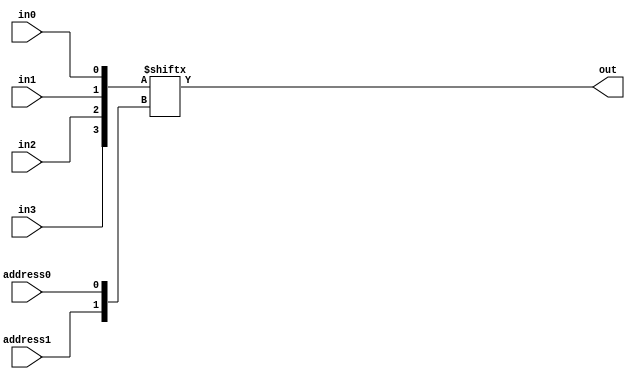
// Multiplexer circuit

// define gates with delays
`define AND and #50
`define OR or #50
`define NOT not #50

module behavioralMultiplexer
(
    output out,
    input address0, address1,
    input in0, in1, in2, in3
);
    // Join single-bit inputs into a bus, use address as index
    wire[3:0] inputs = {in3, in2, in1, in0};
    wire[1:0] address = {address1, address0};
    assign out = inputs[address];
endmodule


module structuralMultiplexer
(
    output out2,
    input s0, s1,
    input in0, in1, in2, in3
);
    // Your multiplexer code here
    wire ns0; wire ns1;
    wire goto_0; wire goto_1; wire goto_2; wire goto_3;
    wire tc0; wire tc1; wire tc2; wire tc3; wire or0; wire or1;    

    // Inverted selection inputs
    `NOT s0inv(ns0, s0);
    `NOT s1inv(ns1, s1);

    // Determine which input to pass to output
    `AND select_0(goto_0, ns0, ns1);
    `AND select_1(goto_1, s0, ns1);
    `AND select_2(goto_2, ns0, s1);
    `AND select_3(goto_3, s0, s1);

    // All possible high output conditions
    `AND cond0(tc0, goto_0, in0);
    `AND cond1(tc1, goto_1, in1);
    `AND cond2(tc2, goto_2, in2);
    `AND cond3(tc3, goto_3, in3);

    // Or those together
    `OR or_gate_0(or0, tc0, tc1);
    `OR or_gate_1(or1, tc2, tc3);
    `OR output_or(out2, or0, or1);

endmodule